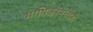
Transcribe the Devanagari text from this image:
भाषिकांमध्येही